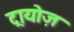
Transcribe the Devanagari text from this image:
ट्रायोज़